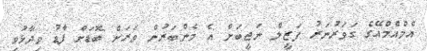
އެމްއެމްއޭގެ ގަވަރުނަރު ފަޒީލް ނަޖީބަށް އެ މެންބަރުން ވަރަށް ބޮޑަށް ފާޑު ވިދާޅުވި